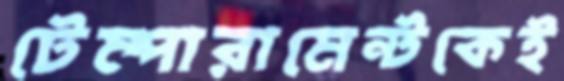
টেম্পারামেন্টকেই